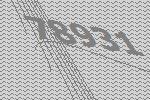
78931